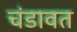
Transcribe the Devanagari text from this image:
चंडावत